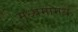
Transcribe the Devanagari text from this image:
मध्यमांमधे